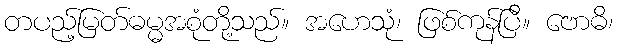
တပည့်မြတ်ဓမ္မအစုံတို့သည်။ အဟေသုံ၊ ဖြစ်ကုန်ပြီ။ ဗောဓိ၊